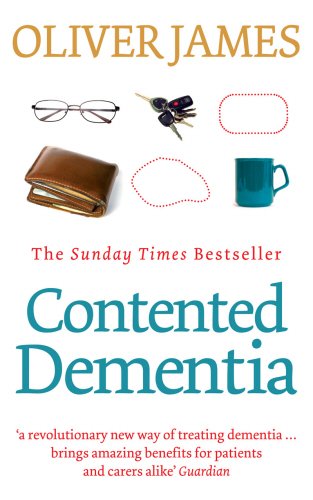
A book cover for Contented Dementia; Dr. Oliver James; Health, Fitness & Dieting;